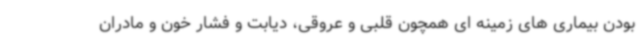
بودن بیماری های زمینه ای همچون قلبی و عروقی، دیابت و فشار خون و مادران